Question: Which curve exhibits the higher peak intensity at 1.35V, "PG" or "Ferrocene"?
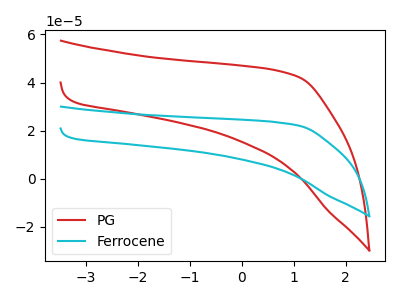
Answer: <think>The red curve "PG" has no peaks. The cyan curve "Ferrocene" has no peaks.</think>
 <answer>"PG" and "Ferrocene" dont share a peak at 1.35V.</answer>
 <eval>mismatch</eval>